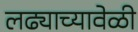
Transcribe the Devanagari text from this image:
लढ्याच्यावेळी